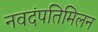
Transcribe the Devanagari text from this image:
नवदंपतिमिलन